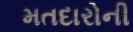
મતદારોની